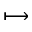
\longmapsto